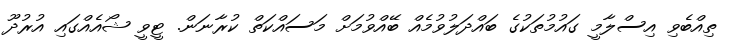
ތިއްބެވި އިސްލާމީ ގައުމުތަކުގެ ބައްދަލުވުމެއް ބޭއްވުމަށް މަސައްކަތް ކުރާނަން. ޓީވީ ޝޯއެއްގައި އުރުދޫ